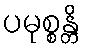
ပမုစ္စန္တိ